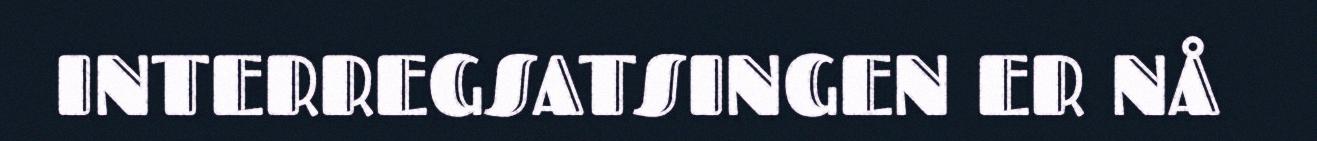
INTERREGSATSINGEN ER NÅ